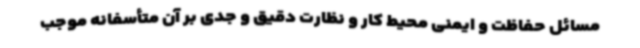
مسائل حفاظت و ایمنی محیط کار و نظارت دقیق و جدی بر آن متأسفانه موجب